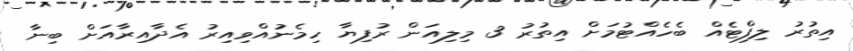
އިތުރު ލިފްޓެއް ބެހެއްޓުމަށް އިތުރު 3 މިލިއަން ރުފިޔާ ހިމެނުއްވިއިރު އެދާއިރާއަށް ބިނާ